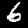
Label: 6